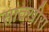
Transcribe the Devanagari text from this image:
सातखीरा